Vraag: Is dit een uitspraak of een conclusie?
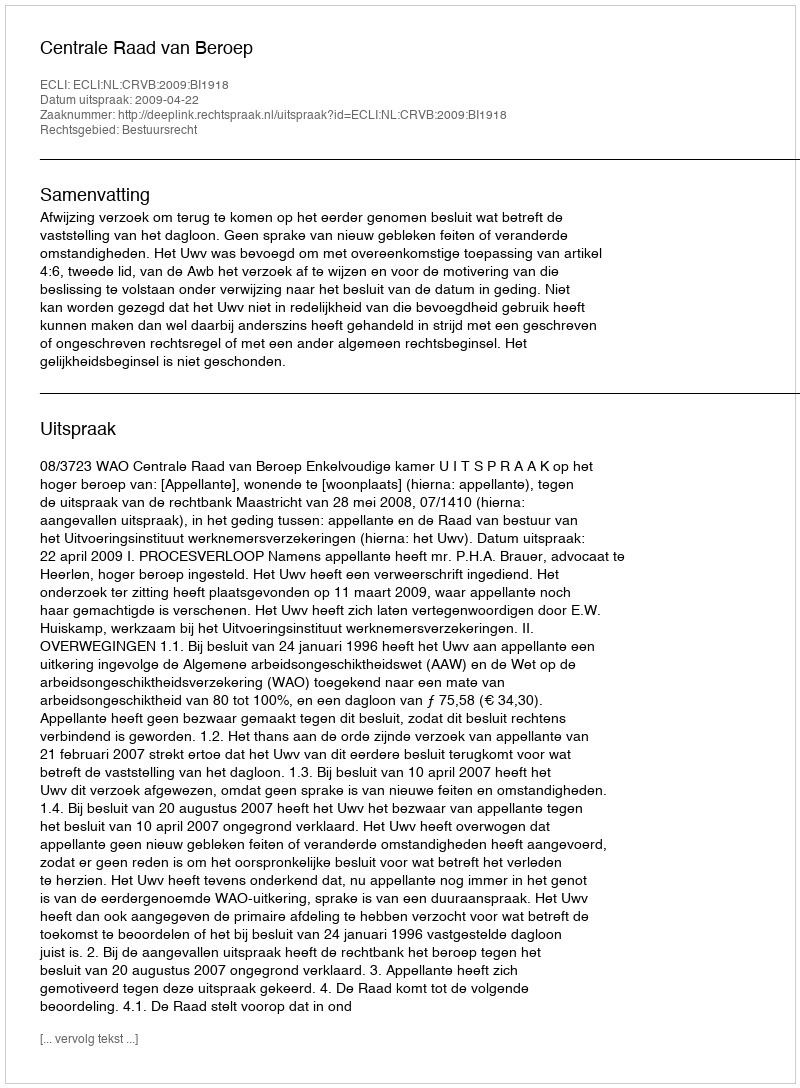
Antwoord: Uitspraak